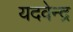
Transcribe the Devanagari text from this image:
यदवेन्द्र